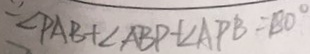
\because \angle P A B + \angle A B P + \angle A P B = 1 8 0 ^ { \circ }